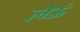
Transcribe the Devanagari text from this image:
लेऊं